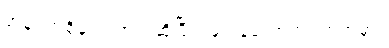
အန်ဖတ်စို့မူးလဲတယ်ဆိုပြီး အကုန်သောက်ရှက်ကွဲမှာ။